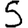
Digit: 5